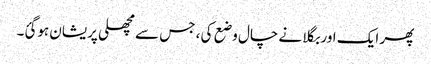
پھر ایک اور بگلا نے چال وضع کی ، جس سے مچھلی پریشان ہوگئ۔